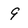
Character: 9